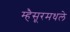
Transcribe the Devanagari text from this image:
म्हैसूरमधले